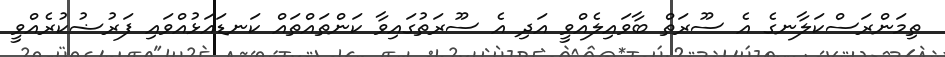
ތިމަންރަސްކަލާނގެ އެ ސޫރަތް ބާވައިލެއްވީ އަދި އެ ސޫރަތުގައިވާ ކަންތައްތައް ކަނޑައަޅުއްވައި ފަރުޟުކުރެއްވީ